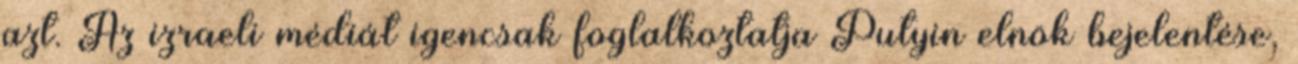
azt. Az izraeli médiát igencsak foglalkoztatja Putyin elnök bejelentése,